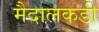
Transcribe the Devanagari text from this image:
मैदालकडी